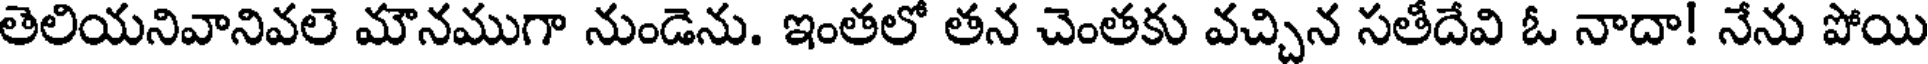
తెలియనివానివలె మౌనముగా నుండెను. ఇంతలో తన చెంతకు వచ్చిన సతీదేవి ఓ నాదా! నేను పోయి